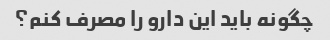
چگونه باید این دارو را مصرف کنم؟